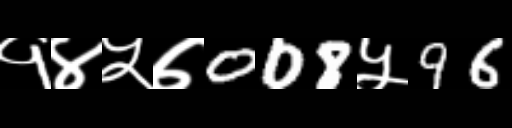
Text: १४५७008५96